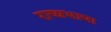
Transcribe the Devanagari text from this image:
राष्त्रभाषा